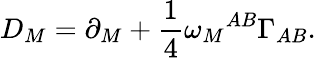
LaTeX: D_{M}=\partial_{M}+\frac{1}{4}\omega_{M}{}^{AB}\Gamma_{AB}.